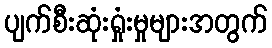
ပျက်စီးဆုံးရှုံးမှုများအတွက်